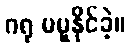
ဂရု မမူနိုင်ခဲ့။